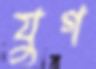
যুগ